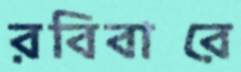
রবিবারে